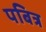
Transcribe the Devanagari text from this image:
पबित्र